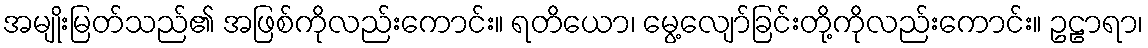
အမျိုးမြတ်သည်၏ အဖြစ်ကိုလည်းကောင်း။ ရတိယော၊ မွေ့လျော်ခြင်းတို့ကိုလည်းကောင်း။ ဥဠာရာ၊